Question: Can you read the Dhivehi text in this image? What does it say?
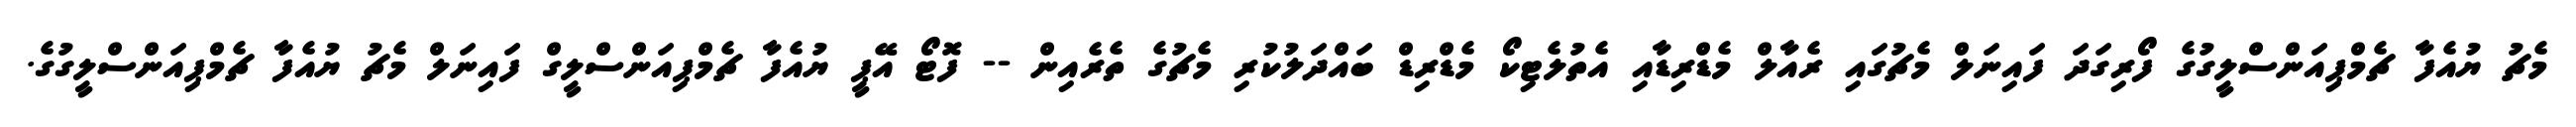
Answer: މެޗު ޔުއެފާ ޗެމްޕިއަންސްލީގުގެ ފޯރިގަދަ ފައިނަލް މެޗުގައި ރެއާލް މެޑްރިޑާއި އެތުލެޓިކޯ މެޑްރިޑް ބައްދަލުކުރި މެޗުގެ ތެރެއިން -- ފޮޓޯ އޭޕީ ޔުއެފާ ޗެމްޕިއަންސްލީގް ފައިނަލް މެޗު ޔުއެފާ ޗެމްޕިއަންސްލީގުގެ.